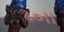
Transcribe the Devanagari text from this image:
८०।।